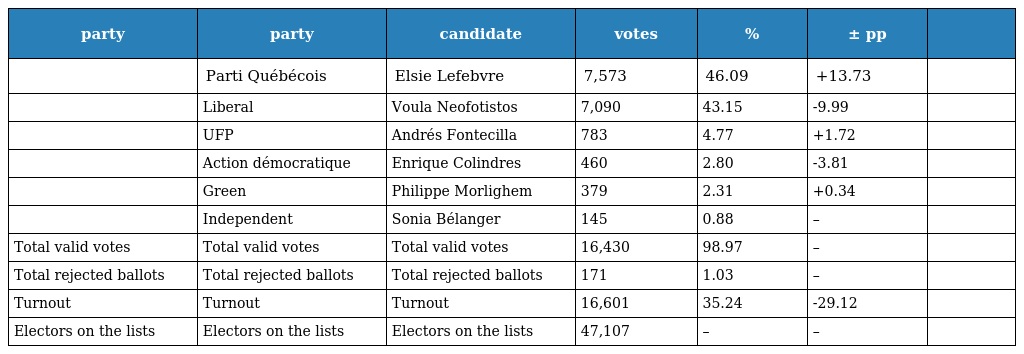
| party | party | candidate | votes | % | ± pp |  |
 | --- | --- | --- | --- | --- | --- | --- |
 |  | Parti Québécois | Elsie Lefebvre | 7,573 | 46.09 | +13.73 |  |
 |  | Liberal | Voula Neofotistos | 7,090 | 43.15 | -9.99 |  |
 |  | UFP | Andrés Fontecilla | 783 | 4.77 | +1.72 |  |
 |  | Action démocratique | Enrique Colindres | 460 | 2.80 | -3.81 |  |
 |  | Green | Philippe Morlighem | 379 | 2.31 | +0.34 |  |
 |  | Independent | Sonia Bélanger | 145 | 0.88 | – |  |
 | Total valid votes | Total valid votes | Total valid votes | 16,430 | 98.97 | – |  |
 | Total rejected ballots | Total rejected ballots | Total rejected ballots | 171 | 1.03 | – |  |
 | Turnout | Turnout | Turnout | 16,601 | 35.24 | -29.12 |  |
 | Electors on the lists | Electors on the lists | Electors on the lists | 47,107 | – | – |  |